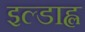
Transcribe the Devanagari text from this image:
इल्डाह्ल